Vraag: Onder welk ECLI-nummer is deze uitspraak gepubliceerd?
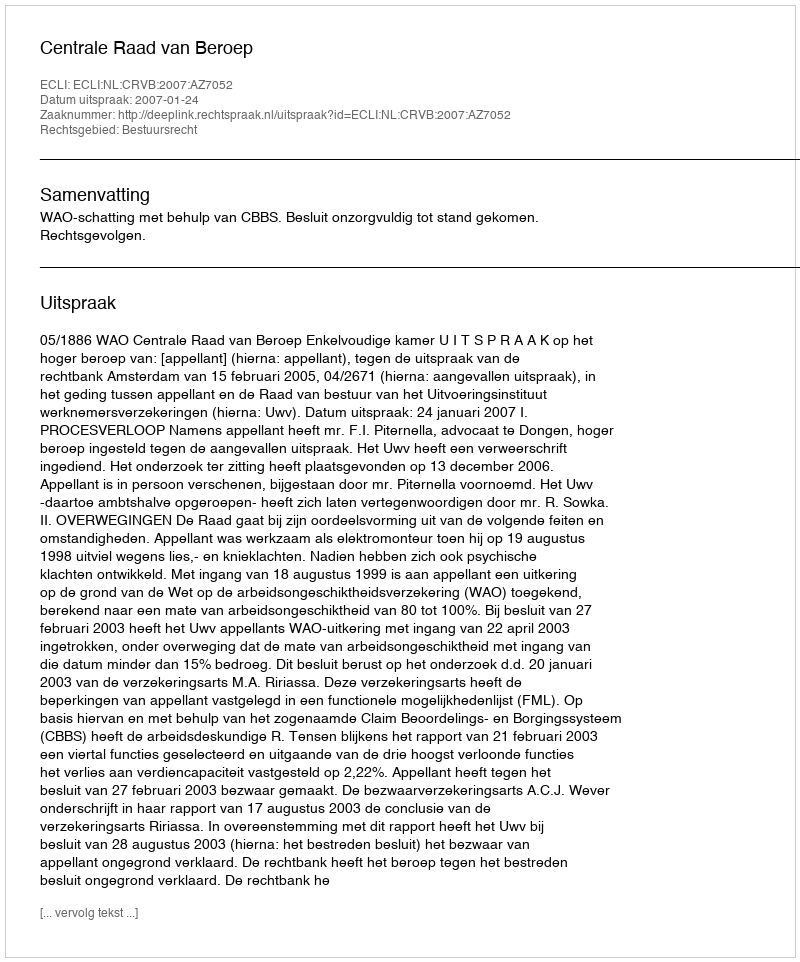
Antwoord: ECLI:NL:CRVB:2007:AZ7052